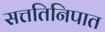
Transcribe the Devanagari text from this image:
सत्ततिनिपात